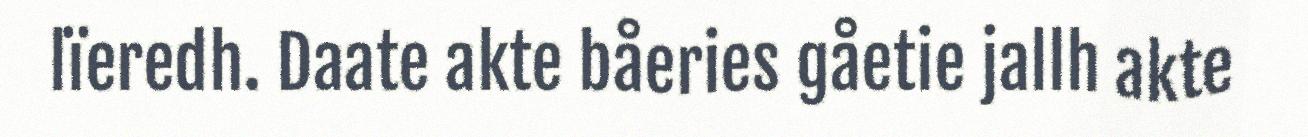
lïeredh. Daate akte båeries gåetie jallh akte